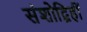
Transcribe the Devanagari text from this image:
संशोद्विहीं